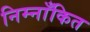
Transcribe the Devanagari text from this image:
निम्नाँकित